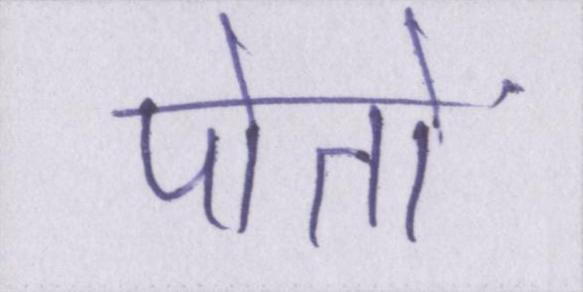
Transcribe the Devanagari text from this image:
पोतों